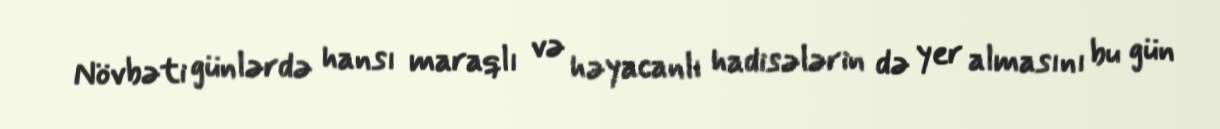
Növbəti günlərdə hansı maraqlı və həyacanlı hadisələrin də yer almasını bu gün